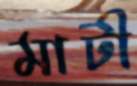
মাটী